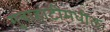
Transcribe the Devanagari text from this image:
गुवाहाटीमधील